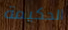
الحكيمة